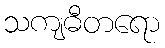
သကျဓီတရော